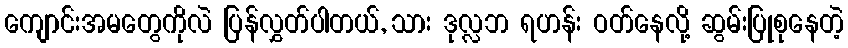
ကျောင်းအမတွေကိုလဲ ပြန်လွှတ်ပါတယ်, သား ဒုလ္လဘ ရဟန်း ဝတ်နေလို့ ဆွမ်းပြုစုနေတဲ့